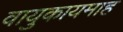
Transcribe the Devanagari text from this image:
वायुकायमाह